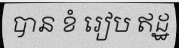
បាន ខំ រៀប ឥដ្ឋ